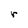
Character: r